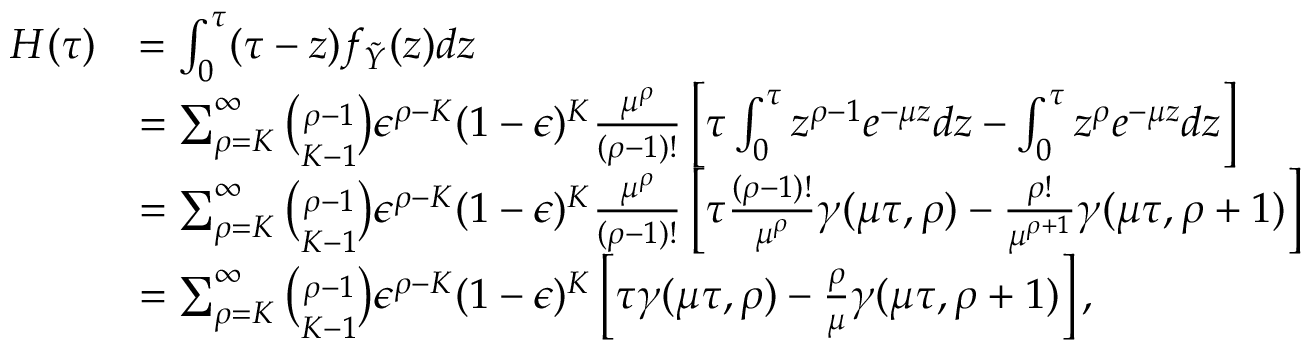
\begin{array} { r l } { H ( \tau ) } & { = \int _ { 0 } ^ { \tau } ( \tau - z ) f _ { \tilde { Y } } ( z ) d z } \\ & { = \sum _ { \rho = K } ^ { \infty } \binom { \rho - 1 } { K - 1 } \epsilon ^ { \rho - K } ( 1 - \epsilon ) ^ { K } \frac { \mu ^ { \rho } } { ( \rho - 1 ) ! } \left[ \tau \int _ { 0 } ^ { \tau } z ^ { \rho - 1 } e ^ { - \mu z } d z - \int _ { 0 } ^ { \tau } z ^ { \rho } e ^ { - \mu z } d z \right] } \\ & { = \sum _ { \rho = K } ^ { \infty } \binom { \rho - 1 } { K - 1 } \epsilon ^ { \rho - K } ( 1 - \epsilon ) ^ { K } \frac { \mu ^ { \rho } } { ( \rho - 1 ) ! } \left[ \tau \frac { ( \rho - 1 ) ! } { \mu ^ { \rho } } \gamma ( \mu \tau , \rho ) - \frac { \rho ! } { \mu ^ { \rho + 1 } } \gamma ( \mu \tau , \rho + 1 ) \right] } \\ & { = \sum _ { \rho = K } ^ { \infty } \binom { \rho - 1 } { K - 1 } \epsilon ^ { \rho - K } ( 1 - \epsilon ) ^ { K } \left[ \tau \gamma ( \mu \tau , \rho ) - \frac { \rho } { \mu } \gamma ( \mu \tau , \rho + 1 ) \right] , } \end{array}